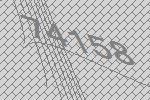
74158